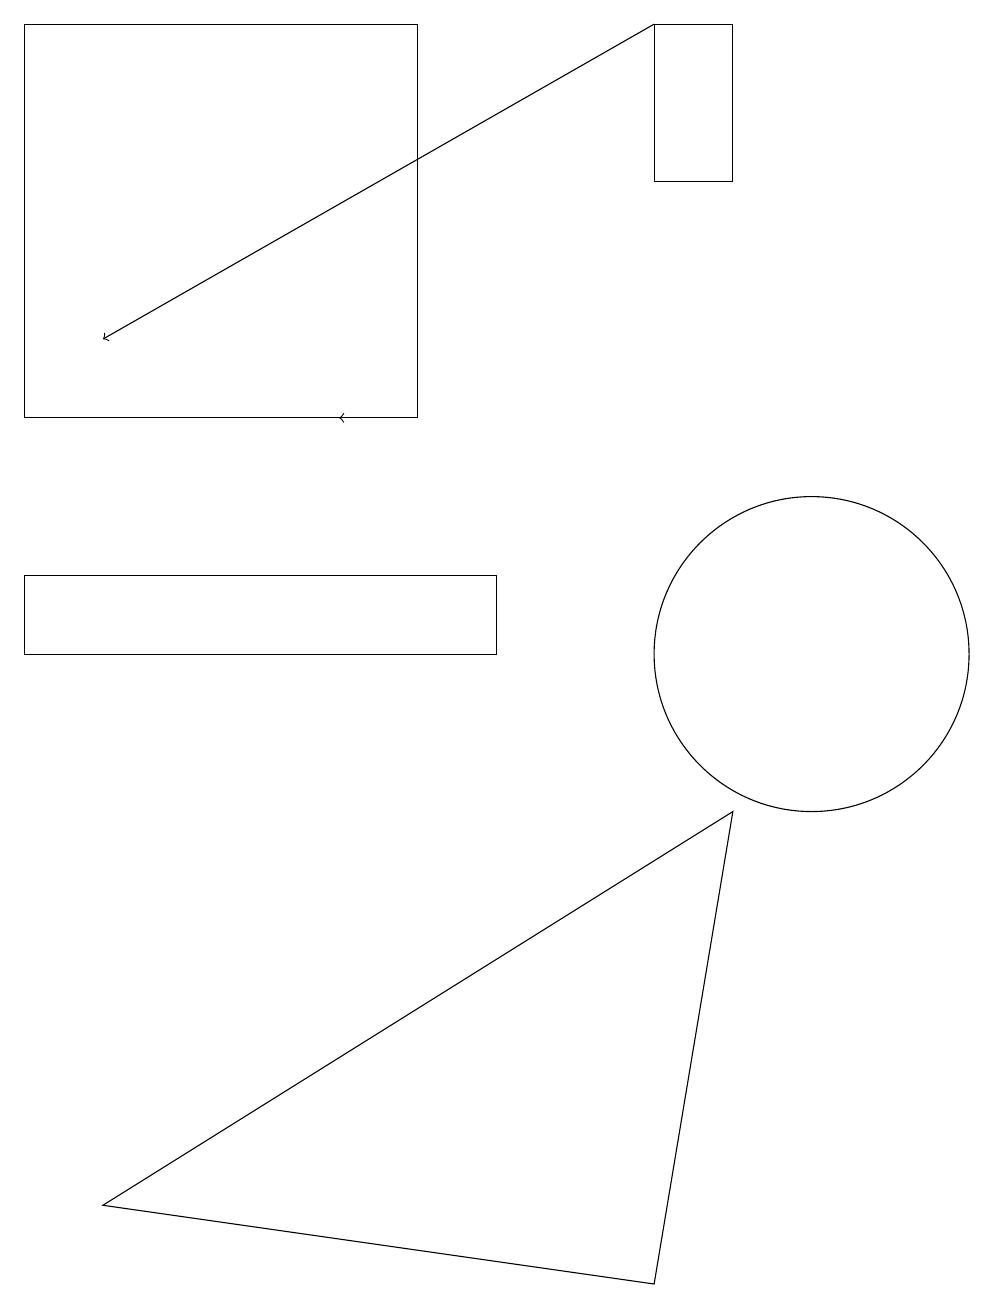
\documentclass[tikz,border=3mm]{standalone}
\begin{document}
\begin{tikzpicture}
\draw (5,14) rectangle (0,19);
\draw[->] (5,14) -- (4,14);
\draw (6,12) rectangle (0,11);
\draw (9,9) -- (8,3) -- (1,4) -- cycle;
\draw (10,11) circle (2);
\draw[->] (8,19) -- (1,15);
\draw (9,17) rectangle (8,19);
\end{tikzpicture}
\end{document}